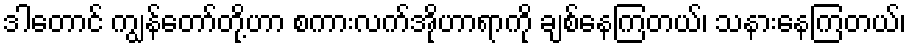
ဒါတောင် ကျွန်တော်တို့ဟာ စကားလက်အိုဟာရာကို ချစ်နေကြတယ်၊ သနားနေကြတယ်၊